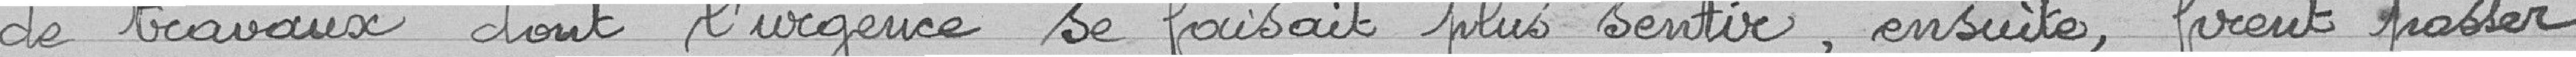
de travaux dont l'urgence ne se faisait plus sentir, ensuite, firent passer